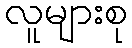
လူများစု